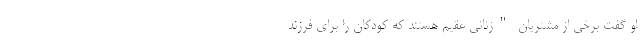
او گفت برخی از مشتریان "زنانی عقیم هستند که کودکان را برای فرزند